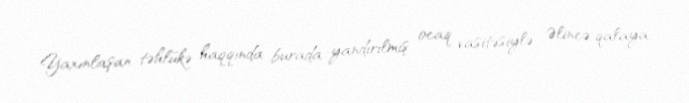
Yaxınlaşan təhlükə haqqında burada yandırılmış ocaq vasitəsiylə Əlincə qalaya,